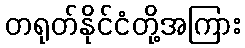
တရုတ်နိုင်ငံတို့အကြား